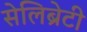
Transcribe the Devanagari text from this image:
सेलिब्रेटी